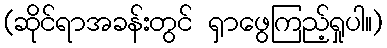
(ဆိုင်ရာအခန်းတွင် ရှာဖွေကြည့်ရှုပါ။)